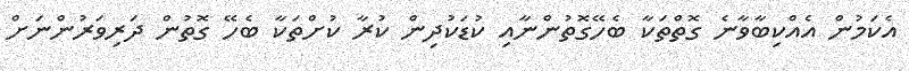
އެކަމުން އެއްކިބާވާނެ ގޮތްތަކާ ބެހޭގޮތުންނާއި ކުޑަކުދިން ކުރާ ކުށްތަކާ ބެހޭ ގޮތުން ދަރިވަރުންނަށް